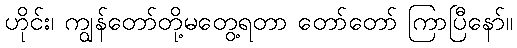
ဟိုင်း၊ ကျွန်တော်တို့မတွေ့ရတာ တော်တော် ကြာပြီနော်။